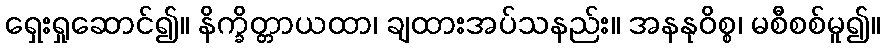
ရှေးရှုဆောင်၍။ နိက္ခိတ္တာယထာ၊ ချထားအပ်သနည်း။ အနနုဝိစ္စ၊ မစီစစ်မူ၍။